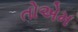
તોએમ